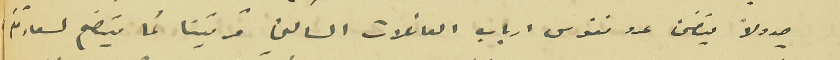
جدولاً يتضمن عدد نفوس ارباب العائلات الساكني قريتنا كما يتضح لسعادتكم